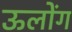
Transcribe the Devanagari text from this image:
ऊलोंग